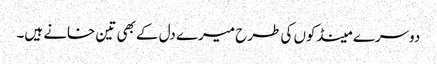
دوسرے مینڈکوں کی طرح میرے دل کے بھی تین خانے ہیں۔